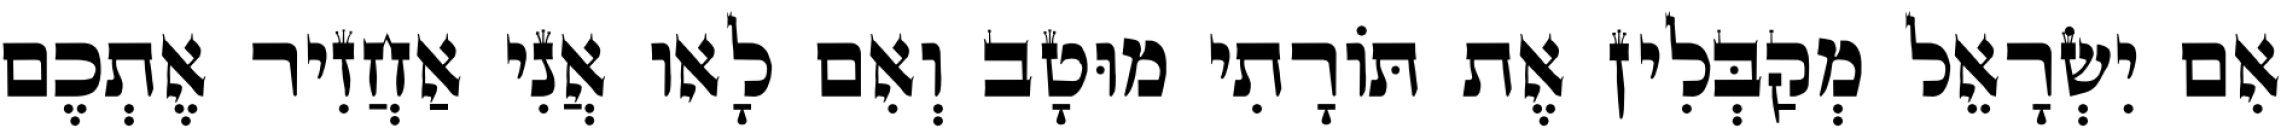
אִם יִשְׂרָאֵל מְקַבְּלִין אֶת תּוֹרָתִי מוּטָב וְאִם לָאו אֲנִי אַחֲזִיר אֶתְכֶם